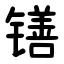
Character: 䦅